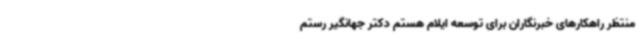
منتظر راهکارهای خبرنگاران برای توسعه ایلام هستم دکتر جهانگیر رستم